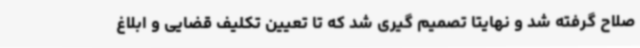
صلاح گرفته شد و نهایتا تصمیم گیری شد که تا تعیین تکلیف قضایی و ابلاغ